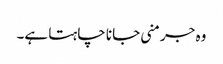
وہ جرمنی جانا چاہتا ہے۔